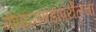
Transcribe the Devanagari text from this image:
गोपाळगडापर्यंतचा